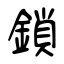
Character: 鎖